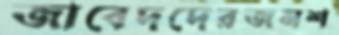
জাবেদদেরজনশ